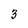
Character: 3